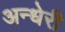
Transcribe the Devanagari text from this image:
अन्धेरी